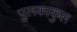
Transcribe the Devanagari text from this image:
पुलकाकुल